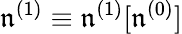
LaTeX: \mathfrak{n}^{(1)}\equiv\mathfrak{n}^{(1)}[\mathfrak{n}^{(0)}]